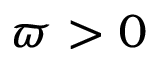
\varpi > 0